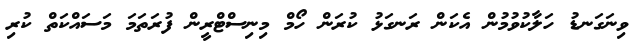
ވިނަގަނޑު ހަލާކުވުމުން އެކަން ރަނގަޅު ކުރަން ހޯމް މިނިސްޓްރީން ފުރަތަމަ މަސައްކަތް ކުރި